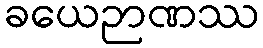
ခယေဉာဏဿ